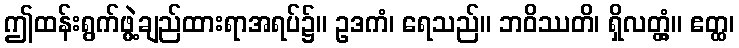
ဤထန်းရွက်ဖွဲ့ချည်ထားရာအရပ်၌။ ဥဒကံ၊ ရေသည်။ ဘဝိဿတိ၊ ရှိလတ္တံ့။ ဧတ္ထ၊